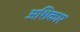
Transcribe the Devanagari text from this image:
अशिकार